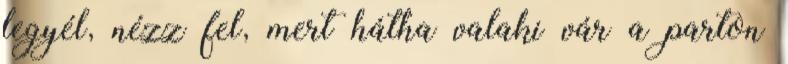
legyél, nézz fel, mert hátha valaki vár a parton